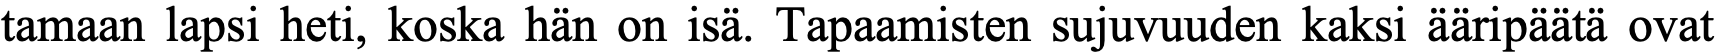
tamaan lapsi heti, koska hän on isä. Tapaamisten sujuvuuden kaksi ääripäätä ovat